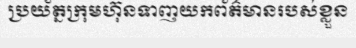
ប្រយ័ត្នក្រុមហ៊ុនទាញយកព័ត៌មានរបស់ខ្លួន